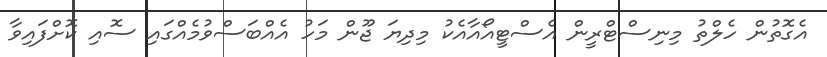
އެގޮތުން ހެލްތު މިނިސްޓްރީން އެސްޓީއޯއާއެކު މިދިޔަ ޖޫން މަހު އެއްބަސްވުމެއްގައި ސޮއި ކޮށްފައިވާ